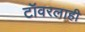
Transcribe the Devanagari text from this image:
टॉवरलाही